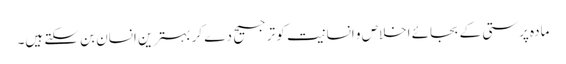
مادہ پرستی کے بجائے اخلاص و انسانیت کو ترجیح دے کر بہترین انسان بن سکتے ہیں۔